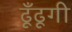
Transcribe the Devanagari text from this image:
ढूँढूगी